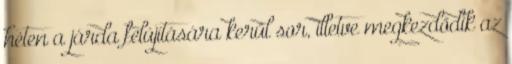
héten a járda felújítására kerül sor, illetve megkezdődik az